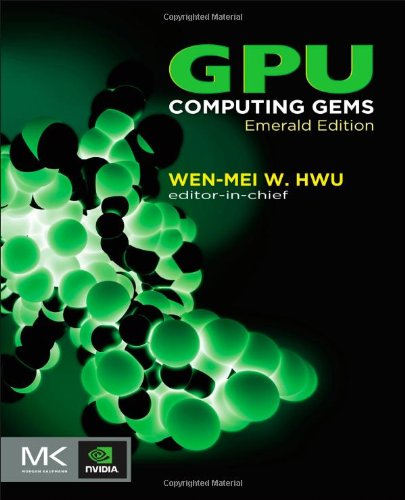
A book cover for GPU Computing Gems Emerald Edition (Applications of GPU Computing Series); Computers & Technology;